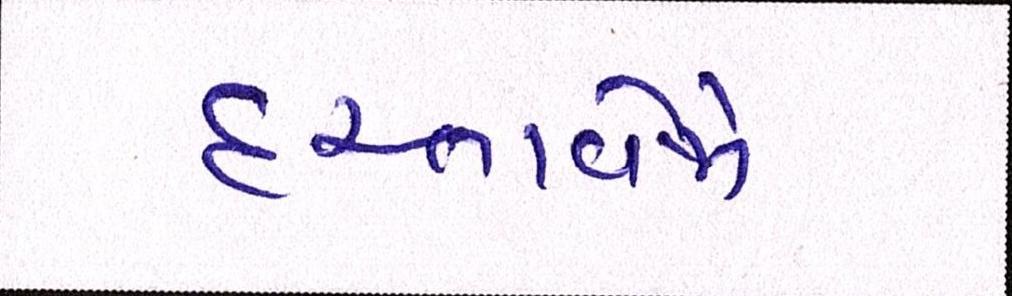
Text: દસ્તાવેજો